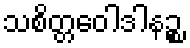
သစိတ္တဝေါဒါနဉ္စ